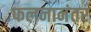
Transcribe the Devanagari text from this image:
फलनानंतर